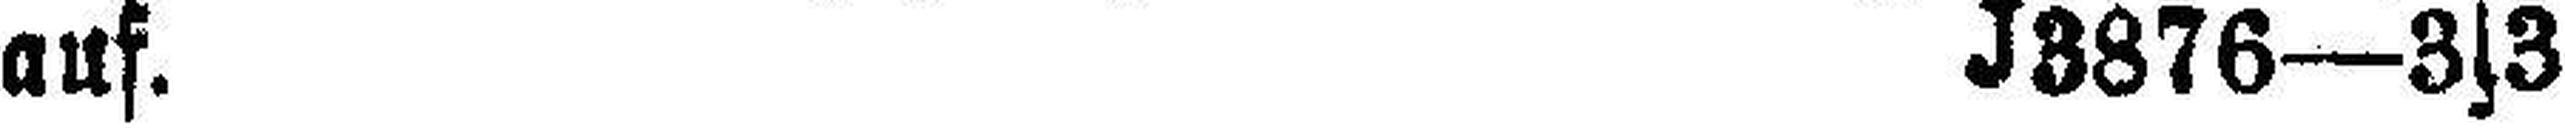
aus. J3876—3s3